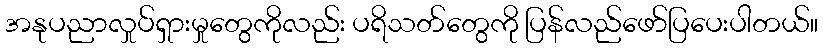
အနုပညာလှုပ်ရှားမှုတွေကိုလည်း ပရိသတ်တွေကို ပြန်လည်ဖော်ပြပေးပါတယ်။